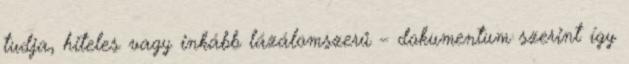
tudja, hiteles vagy inkább lázálomszerű – dokumentum szerint így